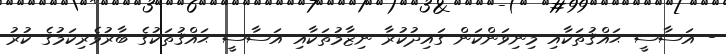
- އަސާސީ ޙައްޤުތަކާއި މިނިވަންކަން ގައިދުކުރާ ނިޒާމުތަކާއި އަސާސީ ޙައްޤުތަކުގެ ބާރުވެރިކަމުގެ ކުރު